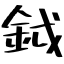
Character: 鉞